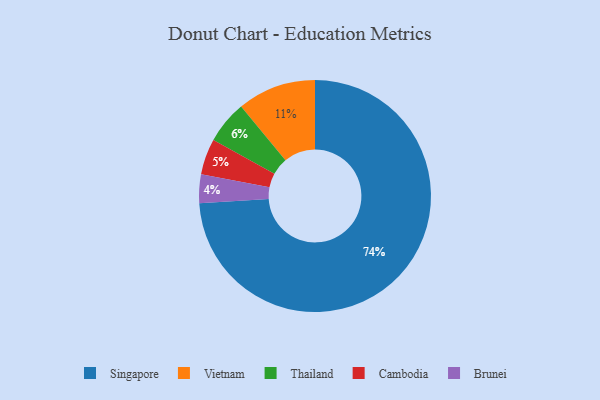
{"axis": {"x": "Category", "y": "Percentage"}, "legend": ["Brunei", "Cambodia", "Singapore", "Thailand", "Vietnam"], "data": [{"x": "Cambodia", "y": 5, "type": "Cambodia"}, {"x": "Vietnam", "y": 11, "type": "Vietnam"}, {"x": "Singapore", "y": 74, "type": "Singapore"}, {"x": "Thailand", "y": 6, "type": "Thailand"}, {"x": "Brunei", "y": 4, "type": "Brunei"}]}